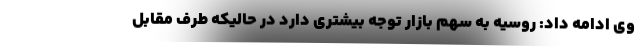
وی ادامه داد: روسیه به سهم بازار توجه بیشتری دارد در حالیکه طرف مقابل